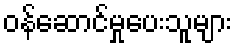
ဝန်ဆောင်မှုပေးသူများ